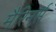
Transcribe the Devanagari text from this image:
मैरिनर्स